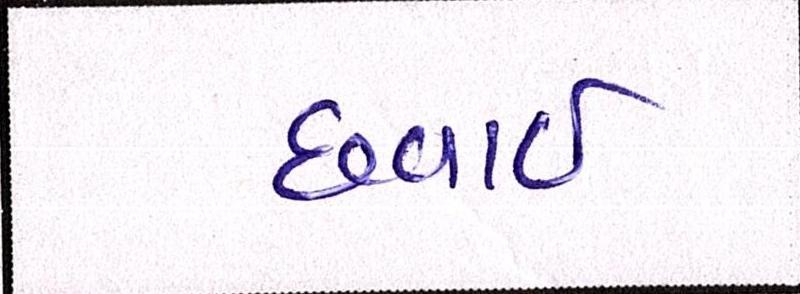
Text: છવાઇ